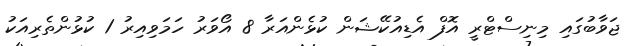
ޖަވާބުގައި މިނިސްޓްރީ އޮފް އެޑިއުކޭޝަން ކުޅެންއަރާ 8 އޯވަރު ހަމަވިއިރު 1 ކުޅުންތެރިއަކު